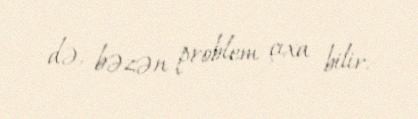
də, bəzən problem çıxa bilir.